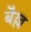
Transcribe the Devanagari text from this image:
बैल्ल